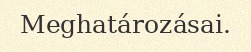
Meghatározásai.